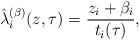
\begin{align*}\hat{\lambda}^{(\beta)}_i(z,\tau) =&\ \frac{z_i + \beta_i}{t_i(\tau)},\end{align*}